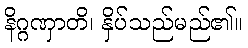
နိဂ္ဂဏှာတိ၊ နှိပ်သည်မည်၏။